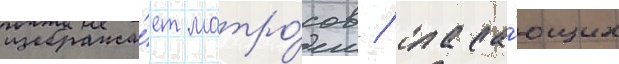
изобража́ет матро́сов / спаса́ющих